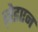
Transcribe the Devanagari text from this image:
ज़ेडएन